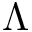
\Lambda